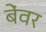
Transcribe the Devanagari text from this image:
बेंवर